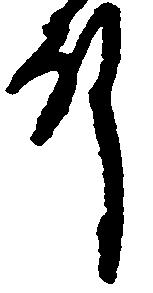
殿